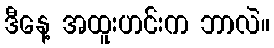
ဒီနေ့ အထူးဟင်းက ဘာလဲ။